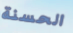
الحسنة